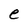
Character: e